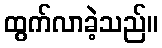
ထွက်လာခဲ့သည်။